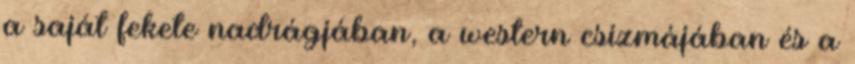
a saját fekete nadrágjában, a western csizmájában és a